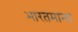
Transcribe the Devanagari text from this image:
भारतमान्य